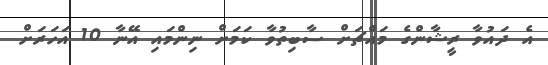
އެ ދައުވާ ރީޝާންގެ މައްޗަށް ސާބިތުވާ ކަމަށް ނިންމައި އޭނާ 10 އަހަރަށް